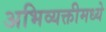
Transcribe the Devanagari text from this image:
अभिव्यक्तीमध्ये